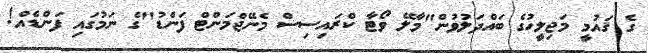
ގެ ޤައުމީ މަޖިލީހުގެ ބައްދަލުވުން"މާލޭ ވޯޓާ ކްރައިސިސް މެނޭޖްމަންޓް ފަންޑު"ގެ ނަމުގައި ފަންޑެއް!